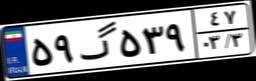
۵۹گ۵۳۹۴۷